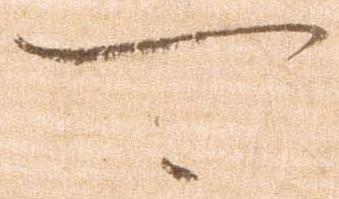
可